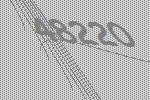
48220